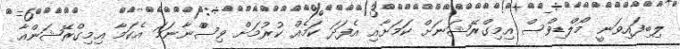
ލިބިފައިވަނީ މޯލްޑިވްސް އިމިގްރޭޝަނަށް ކަމަށާއި އެފަދަ ކަމެއް ކުރުމަށް ވިސްްނާނަމަ އެކަމާ އިމިގްރޭޝަންއާ